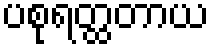
ပစုရတ္ထတာယ